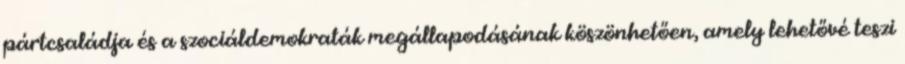
pártcsaládja és a szociáldemokraták megállapodásának köszönhetően, amely lehetővé teszi